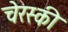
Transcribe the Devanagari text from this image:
चेरस्की